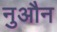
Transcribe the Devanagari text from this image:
नुऔन